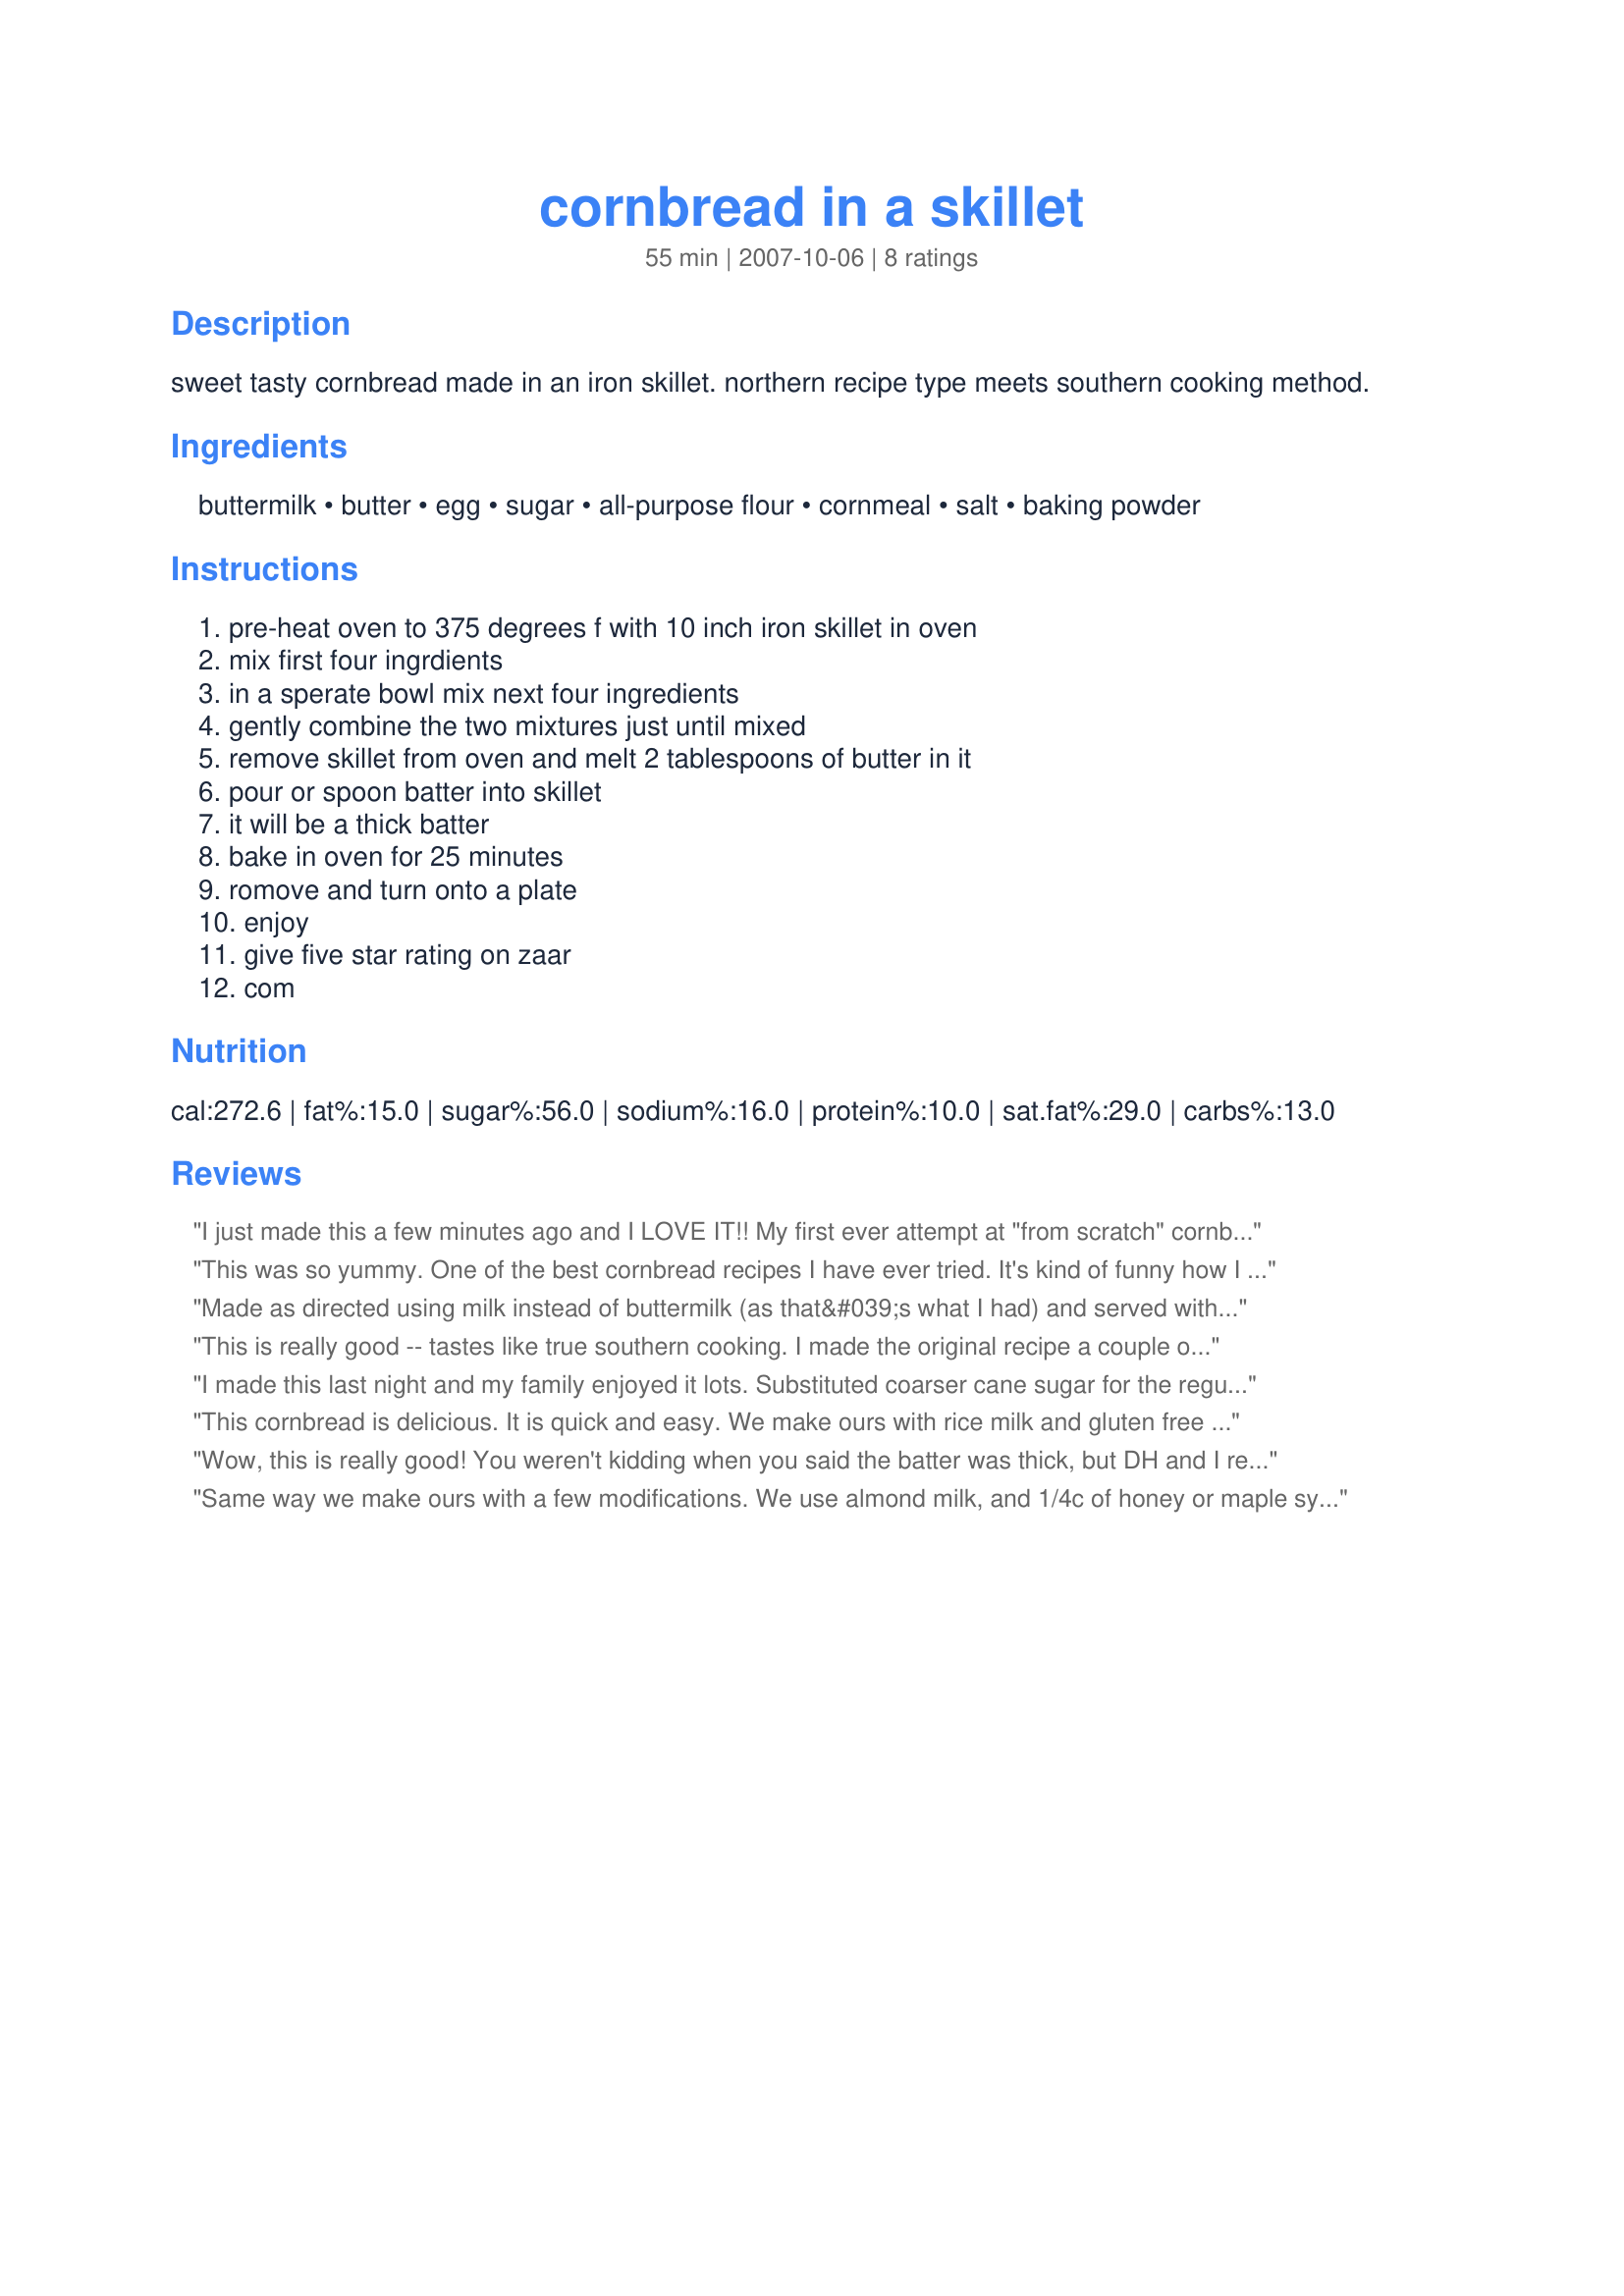
cornbread in a skillet
Preparation time: 55 minutes

sweet tasty cornbread made in an iron skillet. northern recipe type meets southern cooking method.

Ingredients:
buttermilk, butter, egg, sugar, all-purpose flour, cornmeal, salt, baking powder

Steps:
pre-heat oven to 375 degrees f with 10 inch iron skillet in oven, mix first four ingrdients, in a sperate bowl mix next four ingredients, gently combine the two mixtures just until mixed, remove skillet from oven and melt 2 tablespoons of butter in it, pour or spoon batter into skillet, it will be a thick batter, bake in oven for 25 minutes, romove and turn onto a plate, enjoy, give five star rating on zaar, com

Reviews:
I just made this a few minutes ago and I LOVE IT!! My first ever attempt at "from scratch" cornbread. It was wonderful! The perfect amount of sweetness. I also want to try it sometime with a little less sugar and some cheese as another reviewer did. And maybe sometime with some jalapeno in it. I'll never make cornbread from a box mix again...definitely a keeper....thanks for posting!
This was so yummy. One of the best cornbread recipes I have ever tried. It's kind of funny how I chose this particular recipe...I was watching ESPN the morning I was making chili and what town should be on the TV but Barrow, Alaska...talking about an astroturf field for the team. LOL But the name caught my attention when I was looking through the cornbread recipes and I am sure glad it did! Super recipe, Greg! Thanks so much! :)
Made as directed using milk instead of buttermilk (as that&#039;s what I had) and served with Hamhocks n greens. Easy to put together, but for us I think the baking time was a little to long as it was kind of dry so think next time I&#039;ll reduce it by 5 minutes. The flavor was good with just a hint of sweetness that we enjoyed.
This is really good -- tastes like true southern cooking. I made the original recipe a couple of times and made it last night with a little bit of artistic license. I added a cup of shredded cheddar and cut the sugar to 1/4 cup. It was really excellent that way, too. Great recipe, Greg!!
I made this last night and my family enjoyed it lots. Substituted coarser cane sugar for the regular sugar, which gave it a bit extra pebbliness of texture that my southern partner assures me is authentic, plus used soy flour instead of the typical flour. Yum! It was all gone before dinner was done ;)
This cornbread is delicious. It is quick and easy. We make ours with rice milk and gluten free flours. I need to find a recipe for a 12 inch skillet....this only lasts one meal.
Wow, this is really good! You weren't kidding when you said the batter was thick, but DH and I really thought it was good, it's sweet cornbread and it tastes extra good with some honey butter
Same way we make ours with a few modifications. We use almond milk, and 1/4c of honey or maple syrup rather them sugar. Delish!! but as it says above, don&#039;t over mix the batter! it dry&#039;s a good batch of corn bread right out.
